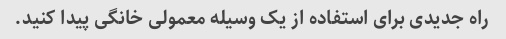
راه جدیدی برای استفاده از یک وسیله معمولی خانگی پیدا کنید.